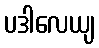
ပဒါလေယျ